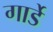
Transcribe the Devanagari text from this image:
गार्डे